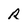
Character: R